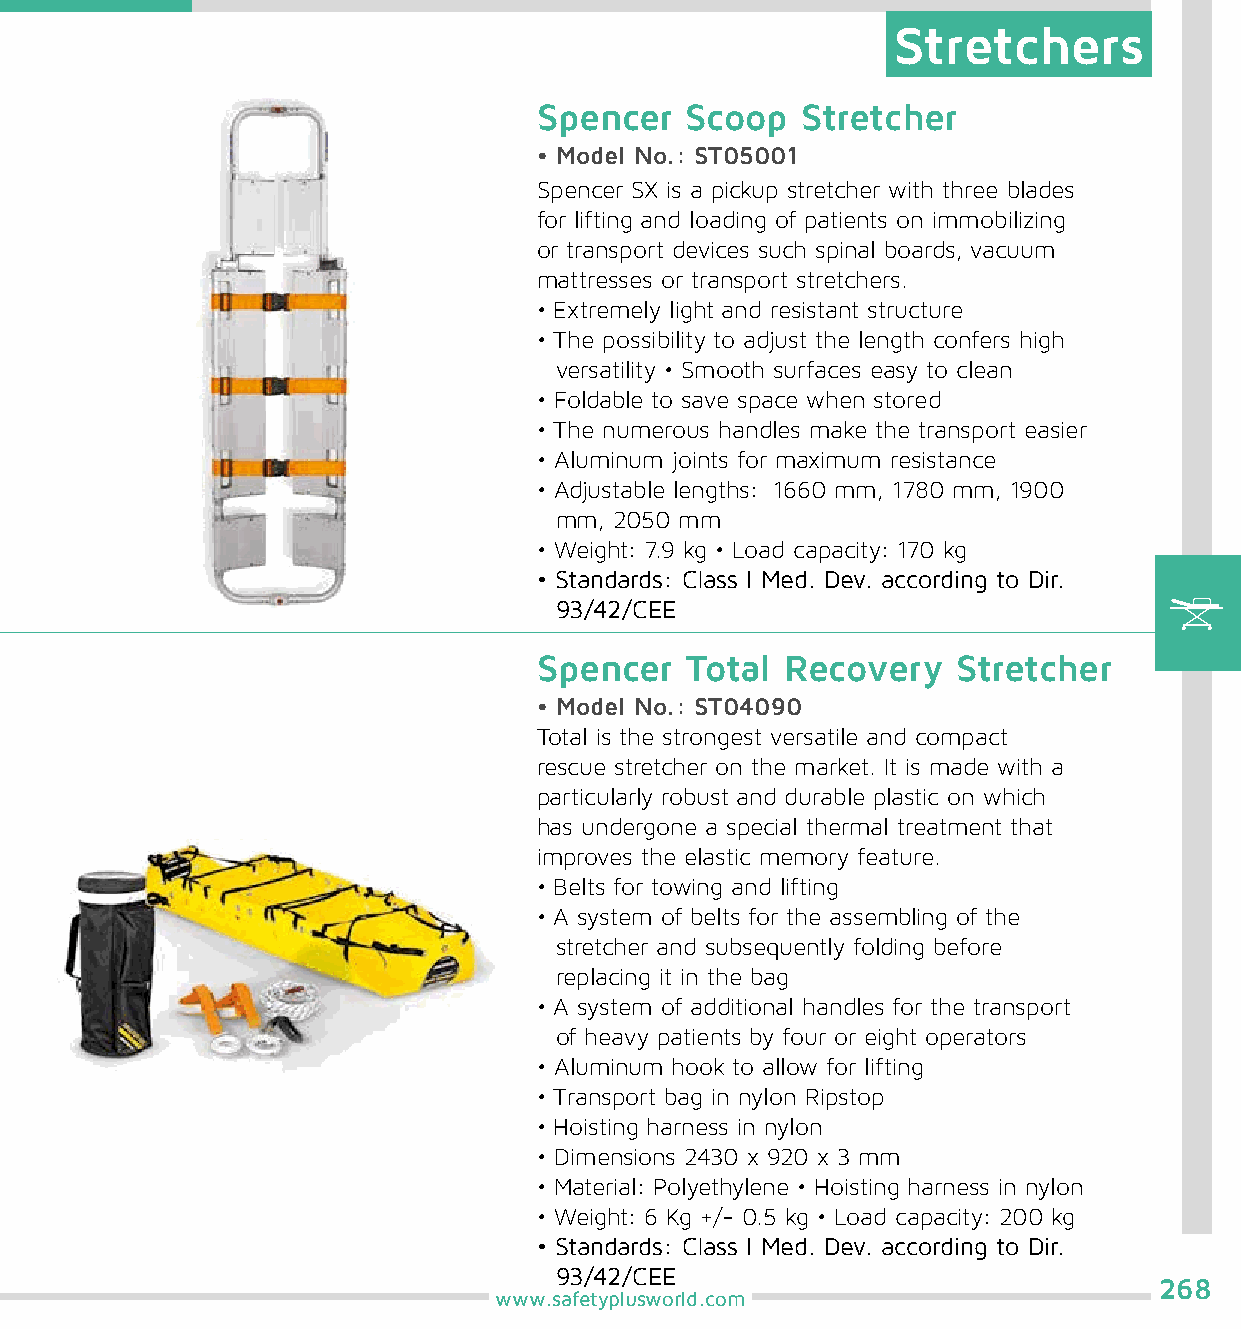
Stretchers
 Spencer  Scoop   Stretcher
 • Model No.: ST05001
 Spencer SX is a pickup stretcher with three blades
 for lifting and loading of patients on immobilizing
 or transport devices such spinal boards, vacuum
 mattresses or transport stretchers.
 • Extremely light and resistant structure
 • The possibility to adjust the length confers high
 versatility • Smooth surfaces easy to clean
 • Foldable to save space when stored
 • The numerous handles make the transport easier
 • Aluminum joints for maximum resistance
 • Adjustable lengths: 1660 mm, 1780 mm, 1900
 mm, 2050 mm
 • Weight: 7.9 kg • Load capacity: 170 kg
 • Standards: Class I Med. Dev. according to Dir.
 93/42/CEE
 Spencer  Total  Recovery   Stretcher
 • Model No.: ST04090
 Total is the strongest versatile and compact
 rescue stretcher on the market. It is made with a
 particularly robust and durable plastic on which
 has undergone a special thermal treatment that
 improves the elastic memory feature.
 • Belts for towing and lifting
 • A system of belts for the assembling of the
 stretcher and subsequently folding before
 replacing it in the bag
 • A system of additional handles for the transport
 of heavy patients by four or eight operators
 • Aluminum hook to allow for lifting
 • Transport bag in nylon Ripstop
 • Hoisting harness in nylon
 • Dimensions 2430 x 920 x 3 mm
 • Material: Polyethylene • Hoisting harness in nylon
 • Weight: 6 Kg +/- 0.5 kg • Load capacity: 200 kg
 • Standards: Class I Med. Dev. according to Dir.
 93/42/CEE
 268
 www.safetyplusworld.com